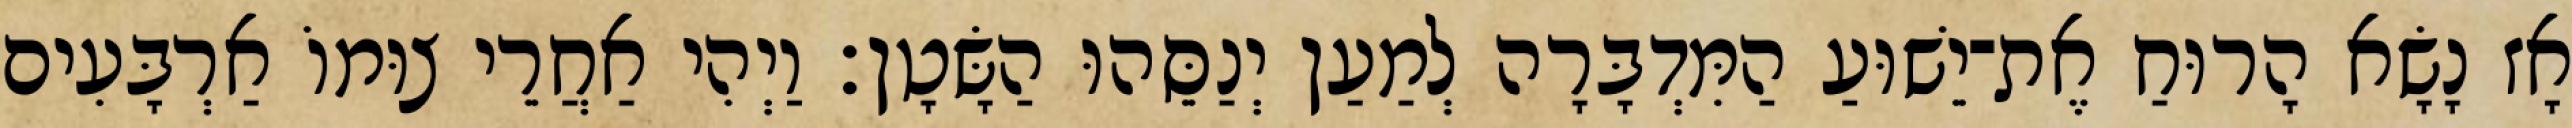
אָז נָשָׂא הָרוּחַ אֶת־יֵשׁוּעַ הַמִּדְבָּרָה לְמַעַן יְנַסֵּהוּ הַשָּׂטָן׃ וַיְהִי אַחֲרֵי צוּמוֹ אַרְבָּעִים